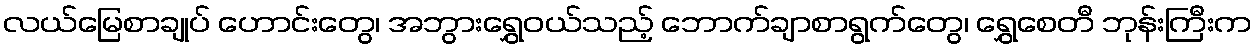
လယ်မြေစာချုပ် ဟောင်းတွေ၊ အဘွားရွှေဝယ်သည့် ဘောက်ချာစာရွက်တွေ၊ ရွှေစေတီ ဘုန်းကြီးက